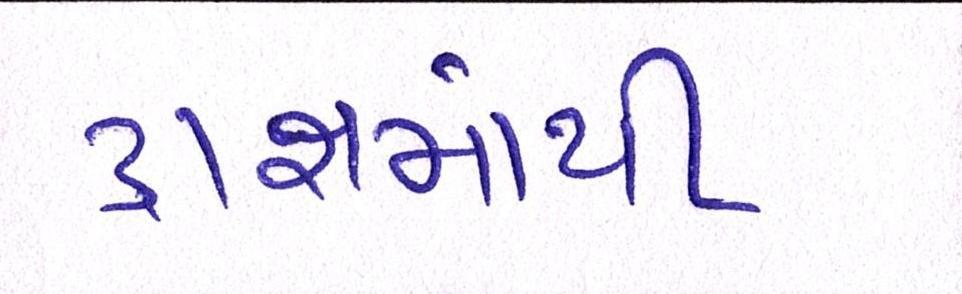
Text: દ્રાક્ષમાંથી